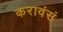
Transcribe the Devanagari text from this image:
करावंसं